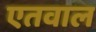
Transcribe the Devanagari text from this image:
एतवाल